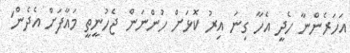
އަހަރެންނާ ހެދީ އެހާ ގިނަ އިރު ކޮޅަށް ހުންނަން ޖެހުނީތީ މައާފަށް އެދެން'